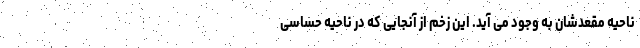
ناحیه مقعدشان به وجود می آید. این زخم از آنجایی که در ناحیه حساسی